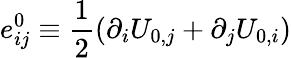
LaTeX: e_{ij}^{0}\equiv\frac{1}{2}(\partial_{i}U_{0,j}+\partial_{j}U_{0,i})